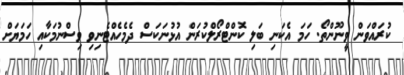
ކުރައްވަން ވީނޫންތޯ. ހަމަ އެކަނި ބަލި ކޮންޓްރޯލްކުރަން އުޅުނަކަސް ދެމެހެއްޓެނިވި ވިސްނުމަކާއި ހަމަޔަށް